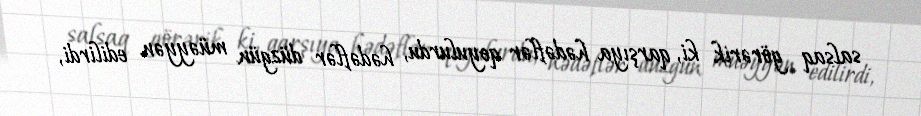
salsaq görərik ki, qarşıya hədəflər qoyulurdu, hədəflər düzgün müəyyən edilirdi,